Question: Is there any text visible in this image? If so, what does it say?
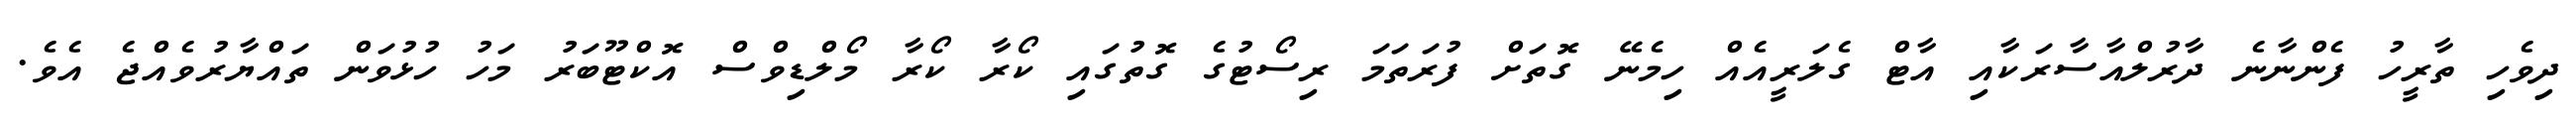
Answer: ދިވެހި ތާރީހު ފެންނާނެ ދާރުލްއާސާރަކާއި އާޓް ގެލަރީއެއް ހިމެނޭ ގޮތަށް ފުރަތަމަ ރިސޯޓުގެ ގޮތުގައި ކޯރާ ކޯރާ މޯލްޑިވްސް އޮކްޓޫބަރު މަހު ހުޅުވަން ތައްޔާރުވެއްޖެ އެވެ.